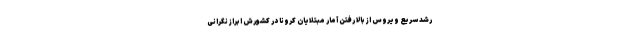
رشد سریع ویروس از بالا رفتن آمار مبتلایان کرونا در کشورش ابراز نگرانی